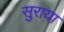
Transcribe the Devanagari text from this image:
सुराया